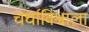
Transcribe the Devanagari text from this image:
चर्चाविश्वाला